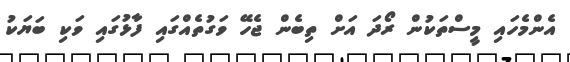
އެންމެހައި މީސްތަކުން ރޯދަ އަށް ތިބެން ޖެހޭ ވަގުތެއްގައި ފާޅުގައި ވަކި ބަޔަކު